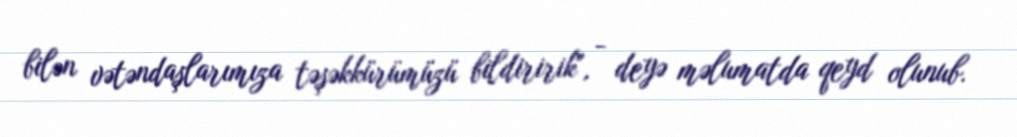
bilən vətəndaşlarımıza təşəkkürümüzü bildiririk", - deyə məlumatda qeyd olunub.